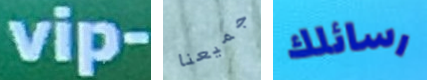
vip- جميعنا رسائلك